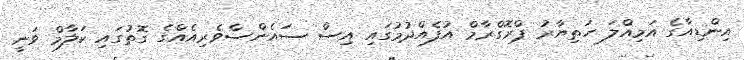
އިންޑިއާގެ އަމިއްލަ ހަތިޔާރު ޕްރޮގްރާމް އުފެއްދުމުގައި އިސް ސައެންސްވެރިއެއްގެ ގޮތުގައި ކަލާމް ވަނީ